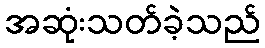
အဆုံးသတ်ခဲ့သည်